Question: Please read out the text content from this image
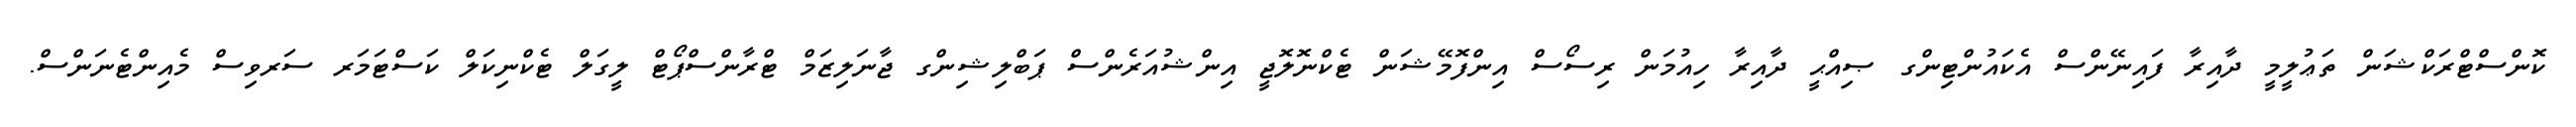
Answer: ކޮންސްޓްރަކްޝަން ތަޢުލީމީ ދާއިރާ ފައިނޭންސް އެކައުންޓިންގ ޞިއްޙީ ދާއިރާ ހިއުމަން ރިސޯސް އިންފޮމޭޝަން ޓެކްނޮލޮޖީ އިންޝުއަރެންސް ޕަބްލިޝިންގ ޖާނަލިޒަމް ޓްރާންސްޕޯޓް ލީގަލް ޓެކްނިކަލް ކަސްޓަމަރ ސަރވިސް މެއިންޓެނަންސް.